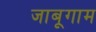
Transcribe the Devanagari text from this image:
जाबूगाम